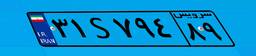
۵۵S۹۸۵۹۶